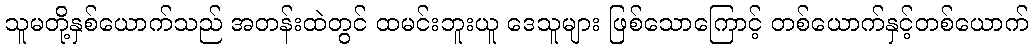
သူမတို့နှစ်ယောက်သည် အတန်းထဲတွင် ထမင်းဘူးယူ ဒေသူများ ဖြစ်သောကြောင့် တစ်ယောက်နှင့်တစ်ယောက်